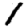
Digit: 1